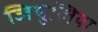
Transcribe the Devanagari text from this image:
जियुलिया